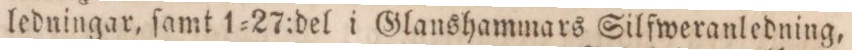
ledningar, ſamt 1=27:del i Glanshammars Silfweranledning,